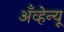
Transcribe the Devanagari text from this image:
अँव्हेन्यू